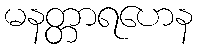
မနတ္တာရဟေန